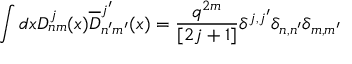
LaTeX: \int d x D _ { n m } ^ { j } ( x ) \overline { { { D } } } _ { n ^ { \prime } m ^ { \prime } } ^ { j ^ { \prime } } ( x ) = { \frac { q ^ { 2 m } } { [ 2 j + 1 ] } } \delta ^ { j , j ^ { \prime } } \delta _ { n , n ^ { \prime } } \delta _ { m , m ^ { \prime } }